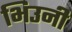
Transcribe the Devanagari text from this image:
भिउनी